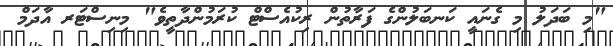
"މި ބަދަލު މި ގެނައީ ކަނބަލުންގެ ފަރާތުން ރިކުއެސްޓް ކުރަމުންދާތީވެ" މިނިސްޓަރ އާދަމް